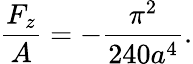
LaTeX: \frac{F_{z}}{A}=-\frac{\pi^{2}}{240a^{4}}.